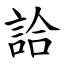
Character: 詥